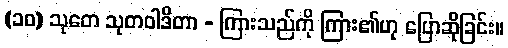
(၁၀) သုတေ သုတဝါဒိတာ - ကြားသည်ကို ကြား၏ဟု ပြောဆိုခြင်း။